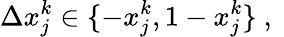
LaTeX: \Delta x_{j}^{k}\in\{ -x_{j}^{k},1-x_{j}^{k}\} \mathrm{~,~}